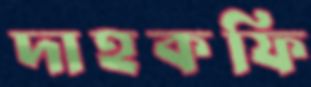
দাহকফি